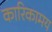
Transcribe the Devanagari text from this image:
कारिकामय